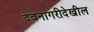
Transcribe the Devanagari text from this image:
देवनागरीदेखील